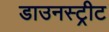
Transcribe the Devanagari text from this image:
डाउनस्ट्रीट